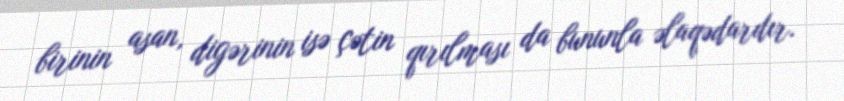
birinin asan, digərinin isə çətin qırılması da bununla əlaqədardır.